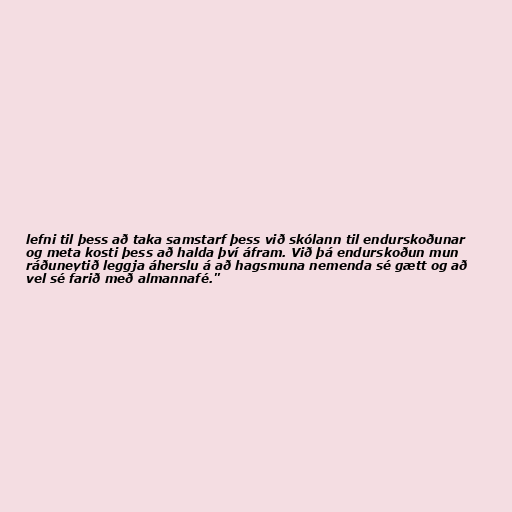
lefni til þess að taka samstarf þess við skólann til endurskoðunar
og meta kosti þess að halda því áfram. Við þá endurskoðun mun
ráðuneytið leggja áherslu á að hagsmuna nemenda sé gætt og að
vel sé farið með almannafé."